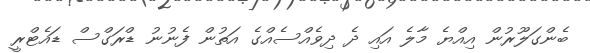
ބެންގަލޫރުން އިއްޔެ މާލެ އައި ދެ ދިވެއްސެއްގެ އަތުން ފެނުނު ޑްރަގްސް ޑައެޓްރީ